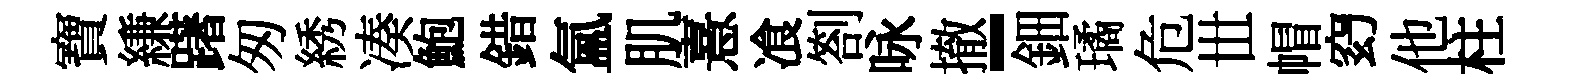
寶縑躇匆綉凑鮑錯氳肌憙飡劄咏撤-鈿璚危𠀍帽𥥆他柱